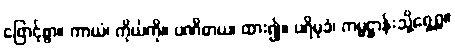
ဖြောင့်စွာ။ ကာယံ၊ ကိုယ်ကို။ ပဏိဓာယ၊ ထား၍။ ပရိမုခံ၊ ကမ္မဋ္ဌာန်းသို့ရှေ့ရှု။